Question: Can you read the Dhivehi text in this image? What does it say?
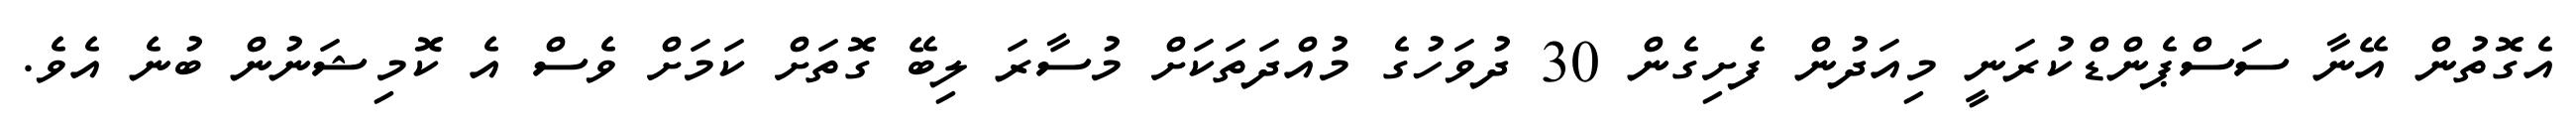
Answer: އެގޮތުން އޭނާ ސަސްޕެންޑްކުރަނީ މިއަދުން ފެށިގެން 30 ދުވަހުގެ މުއްދަތަކަށް މުސާރަ ލިބޭ ގޮތަށް ކަމަށް ވެސް އެ ކޮމިޝަނުން ބުނެ އެވެ.